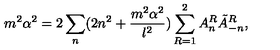
m ^ { 2 } \alpha ^ { 2 } = 2 \sum _ { n } ( 2 n ^ { 2 } + \frac { m ^ { 2 } \alpha ^ { 2 } } { l ^ { 2 } } ) \sum _ { R = 1 } ^ { 2 } A _ { n } ^ { R } \tilde { A } _ { - n } ^ { R } ,